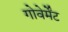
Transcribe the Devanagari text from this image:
गोवेर्मेंट